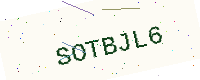
Text: SOTBJL6